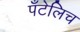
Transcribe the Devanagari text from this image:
पँटेलिच